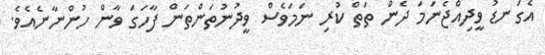
އެގަނޑު ވީދިއްޖެނަމަ ދެން ތަތް ކުރި ނަމަވެސް ވީދުނުތަންތަން ފާހަގަ ވާން ހުންނާނެއެވެ.